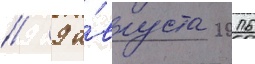
// 9 а́вгуста 2016